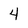
Character: 4